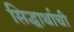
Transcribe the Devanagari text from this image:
सिद्धार्थाची